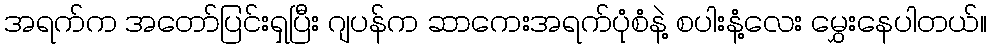
အရက်က အတော်ပြင်းရှပြီး ဂျပန်က ဆာကေးအရက်ပုံစံနဲ့ စပါးနံ့လေး မွှေးနေပါတယ်။